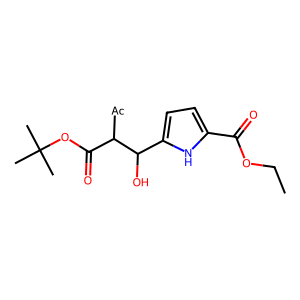
SMILES: CCOC(=O)c1ccc(C(O)C([Ac])C(=O)OC(C)(C)C)[nH]1
Inhibits HIV replication: No